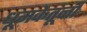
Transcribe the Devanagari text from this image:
धूमकेतूंनी